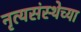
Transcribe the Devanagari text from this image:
नृत्यसंस्थेच्या